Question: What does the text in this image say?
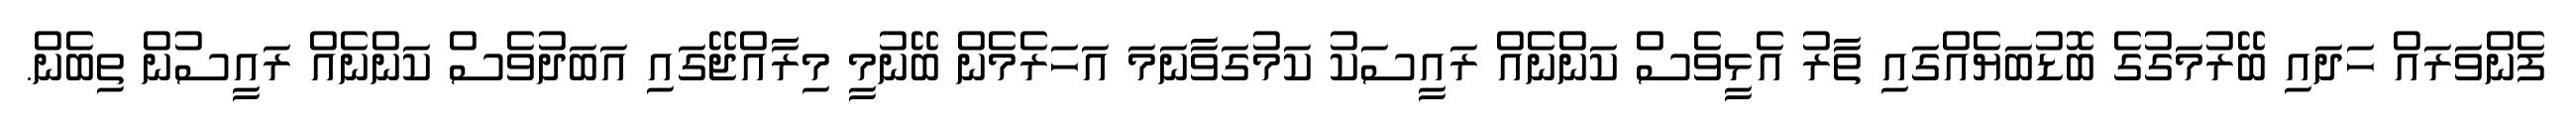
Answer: ފެންވަރައް ހަދައި ބޭރުމަގުގެ ބޮޑުބަޔެއްގައި ތާރު އެޅީވެސް ކަންނެއް ރައީސަކު ކަމުގަވާނަމަ އަހަރެމެން ބޭނުމީ މިރާއްޖޭގައި އަބަދުވެސް ކަންނެއް ރައީސުން ތިބެން.